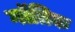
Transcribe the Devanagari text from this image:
गॉतिक